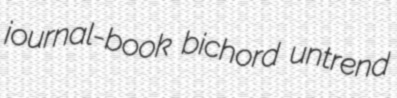
journal-book bichord untrend